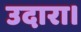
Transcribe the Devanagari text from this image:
उदारा।